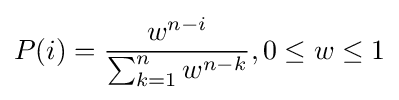
P(i)={\frac {w^{n-i}}{\sum _{k=1}^{n}{w^{n-k}}}},0\leq w\leq 1